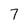
Character: 7